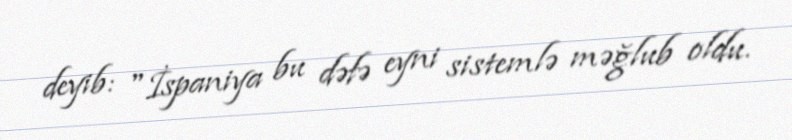
deyib: "İspaniya bu dəfə eyni sistemlə məğlub oldu.